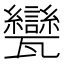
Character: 㽋